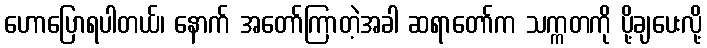
ဟောပြောရပါတယ်၊ နောက် အတော်ကြာတဲ့အခါ ဆရာတော်က သက္ကတကို ပို့ချပေးလို့